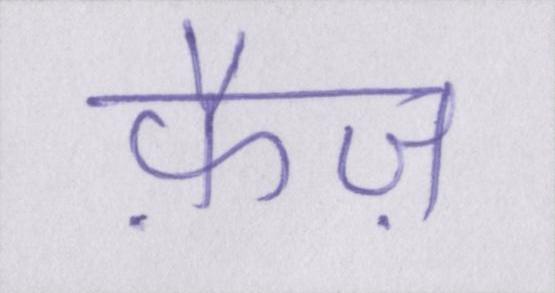
फ़ैज़